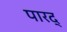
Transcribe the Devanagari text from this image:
पारद्